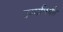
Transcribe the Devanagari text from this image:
दर्ग्यापर्यंत